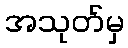
အသုတ်မှ